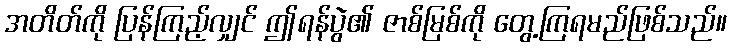
အတိတ်ကို ပြန်ကြည့်လျှင် ဤရန်ပွဲ၏ ဇာစ်မြစ်ကို တွေ့ကြရမည်ဖြစ်သည်။